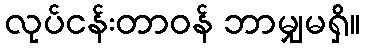
လုပ်ငန်းတာဝန် ဘာမျှမရှိ။